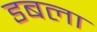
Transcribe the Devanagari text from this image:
डबला